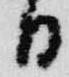
日